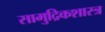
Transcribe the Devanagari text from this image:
सामुद्रिकशास्त्र